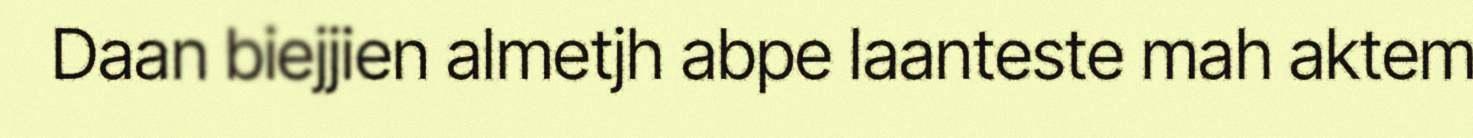
Daan biejjien almetjh abpe laanteste mah aktem